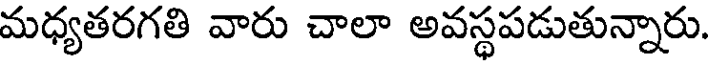
మధ్యతరగతి వారు చాలా అవస్థపడుతున్నారు.